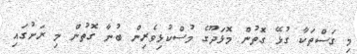
މި ގަސްތަކާ ގުޅޭ ގޮތުން މޮޅަދޫގެ މުސްކުޅިވެރިން ބުނާ ގޮތުން މި ރަށުގައި